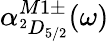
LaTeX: \alpha_{^2D_{5/2}}^{M1\pm}(\omega)